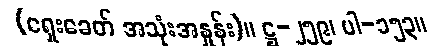
(ရှေးခေတ် အသုံးအနှုန်း)။ ဋ္ဌ-၂၅၉၊ ပါ-၁၅၃။